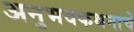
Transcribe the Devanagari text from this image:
अनुभवकथनाचे